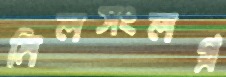
মিলসংলগ্ন